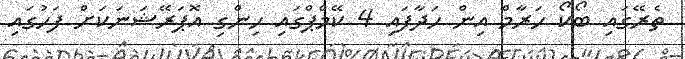
ތެރޭގައި ބޯކޯ ހަރާމް އިން ހަދާފައި 4 ކޭމްޕްގައި ހިންގި އޮޕަރޭޝަނަކަށް ފަހުގައި